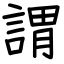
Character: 謂